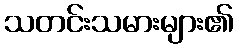
သတင်းသမားများ၏